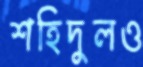
শহিদুলও